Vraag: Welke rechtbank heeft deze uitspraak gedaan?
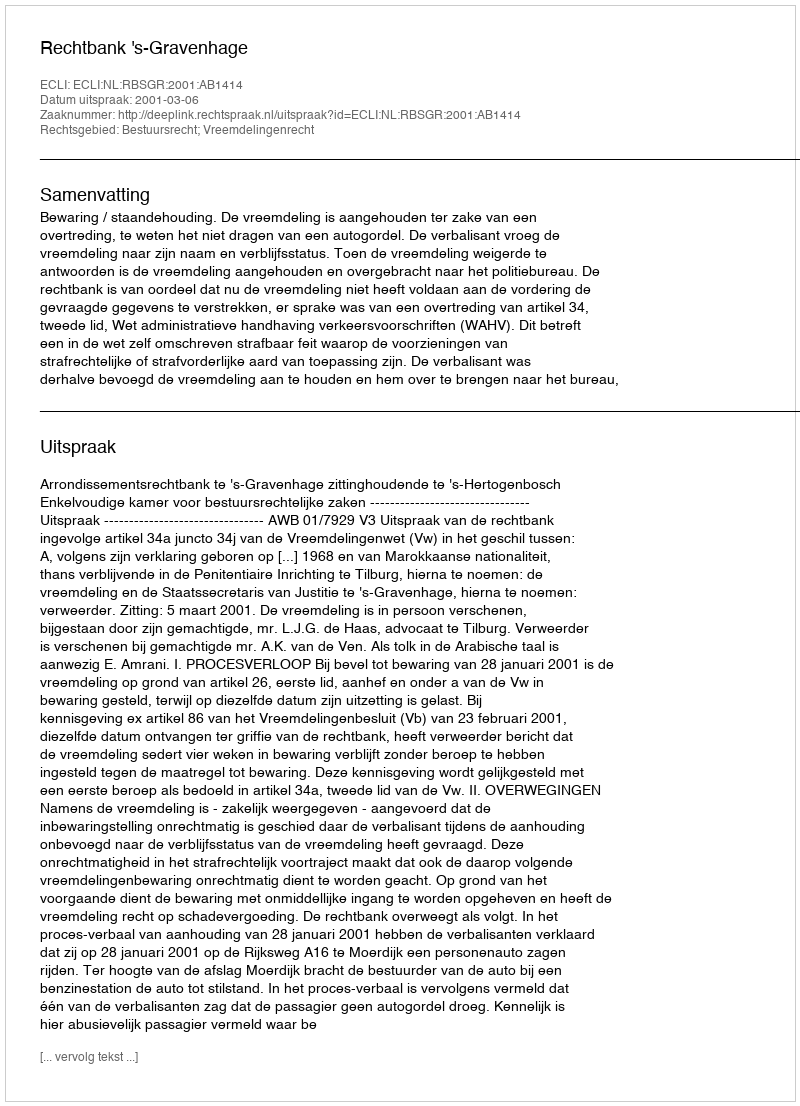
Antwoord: Rechtbank 's-Gravenhage